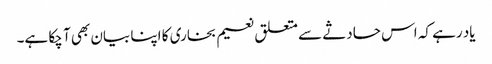
یاد رہے کہ اس حادثے سے متعلق نعیم بخاری کا اپنا بیان بھی آ چکا ہے۔